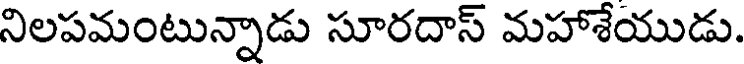
నిలపమంటున్నాడు సూరదాస్ మహాశేయుడు.